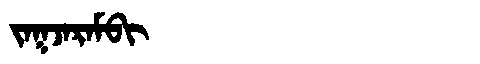
Manchu: ᠵᠠᡴᠵᠠᡵᠠᠮᠪᡳ
Romanization: JAKJARAMBI